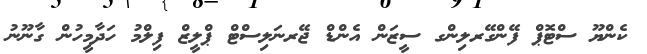
ކެންޔޫ ސްޓޮޕް ފޭންގޭރލިންގ ސީޒަން އެންޑް ޖޭރނަލިސްޓް ޕްލީޒް ފިލްމު ހަދާމީހުން ގާނޫނު